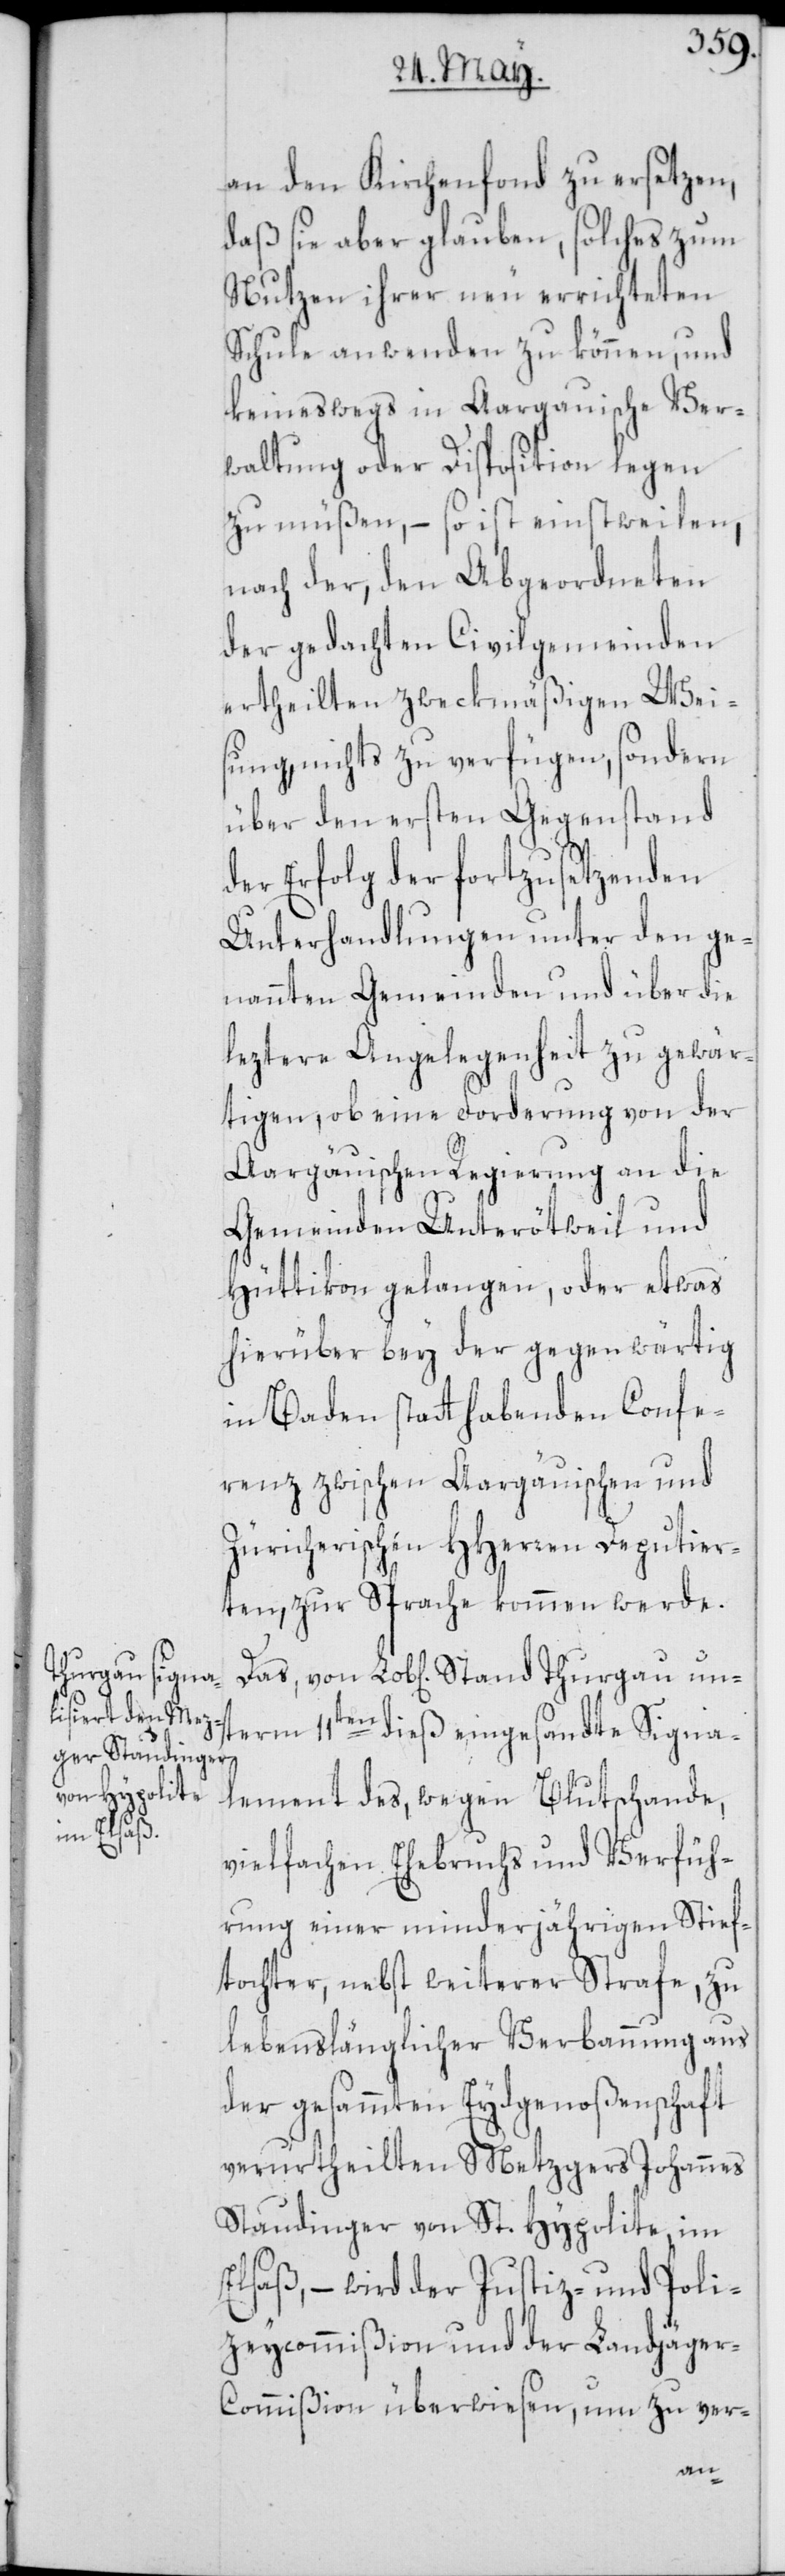
an den Kirchenfond zu ersetzen,
daß sie aber glauben, solches zum
Nutzen ihrer neu errichteten
Schule anwenden zu können, und
keineswegs in Aargauische Ver¬
waltung oder Disposition legen
zu müßen, – so ist einstweilen,
nach der, den Abgeordneten
der gedachten Civilgemeinden
ertheilten zweckmäßigen Wei¬
sung, nichts zu verfügen, sondern
über den ersten Gegenstand
der Erfolg der fortzusetzenden
Unterhandlungen unter den ge¬
nannten Gemeinden und über die
leztere Angelegenheit zu gewär¬
tigen, ob eine Forderung von der
Aargäuischen Regierung an die
Gemeinden Unterötweil und
Hüttikon gelangen, oder etwas
hierüber bey der gegenwärtig
in Baden statthabenden Confe¬
renz zwischen Aargäuischen und
Züricherischen HHerren Deputier¬
ten, zur Sprache kommen werde.
Thurgau un¬
term 11ten dieß eingesandte Signa¬
lement des, wegen Blutschande,
vielfachen Ehebruchs und Verfüh¬
rung einer minderjährigen Stief¬
tochter, nebst weiterer Strafe, zu
lebenslänglicher Verbannung aus
der gesammten Eydgenoßenschaft
verurtheilten Metzgers Johannes
Staudinger von St. Hypolite, im
Elsaß, – wird der Justiz- und Poli¬
zeycommißion und der Landjäger-C¬
ommißion überwiesen, um zu ver-